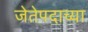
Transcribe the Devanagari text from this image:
जेतेपदाच्या